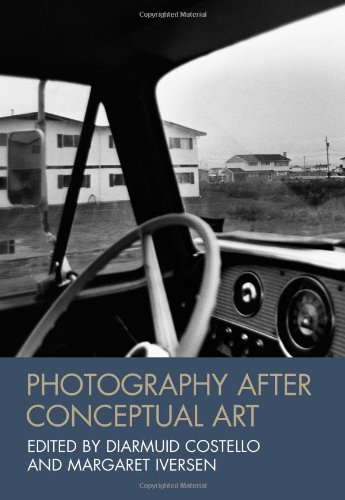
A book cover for Photography After Conceptual Art; Arts & Photography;